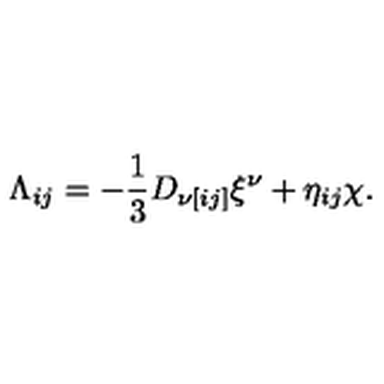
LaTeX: \Lambda _ { i j } = - { \frac { 1 } { 3 } } D _ { \nu [ i j ] } \xi ^ { \nu } + \eta _ { i j } \chi .